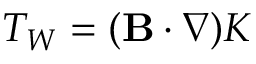
T _ { W } = ( { \bf { B } } \cdot \nabla ) K